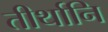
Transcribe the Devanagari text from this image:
तीर्थानि